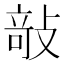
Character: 𭣿